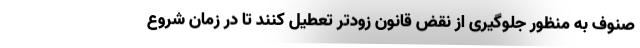
صنوف به منظور جلوگیری از نقض قانون زودتر تعطیل کنند تا در زمان شروع